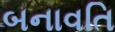
બનાવતિ